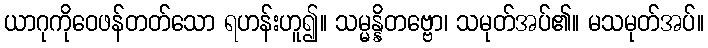
ယာဂုကိုဝေဖန်တတ်သော ရဟန်းဟူ၍။ သမ္မန္နိတဗ္ဗော၊ သမုတ်အပ်၏။ မသမုတ်အပ်။